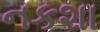
નકશા